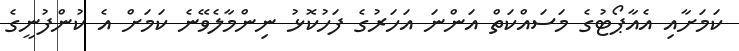
ކަމަށާއި އެއާޕޯޓުގެ މަސައްކަތް އަންނަ އަހަރުގެ ފަހުކޮޅު ނިންމާލެވޭނެ ކަމަށް އެ ކުންފުނީގެ